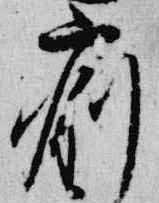
痢